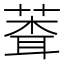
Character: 𬝞